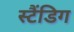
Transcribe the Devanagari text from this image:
स्टैंडिग